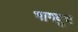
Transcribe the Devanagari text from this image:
भागदुध